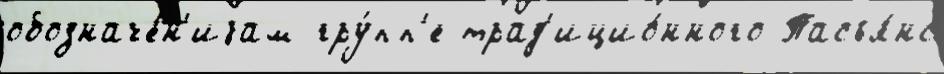
обозначе́н'иjам гру́пп'е трад'ицио́нного Пасья́нс